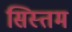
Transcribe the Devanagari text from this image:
सिस्तम